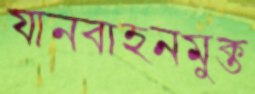
যানবাহনমুক্ত